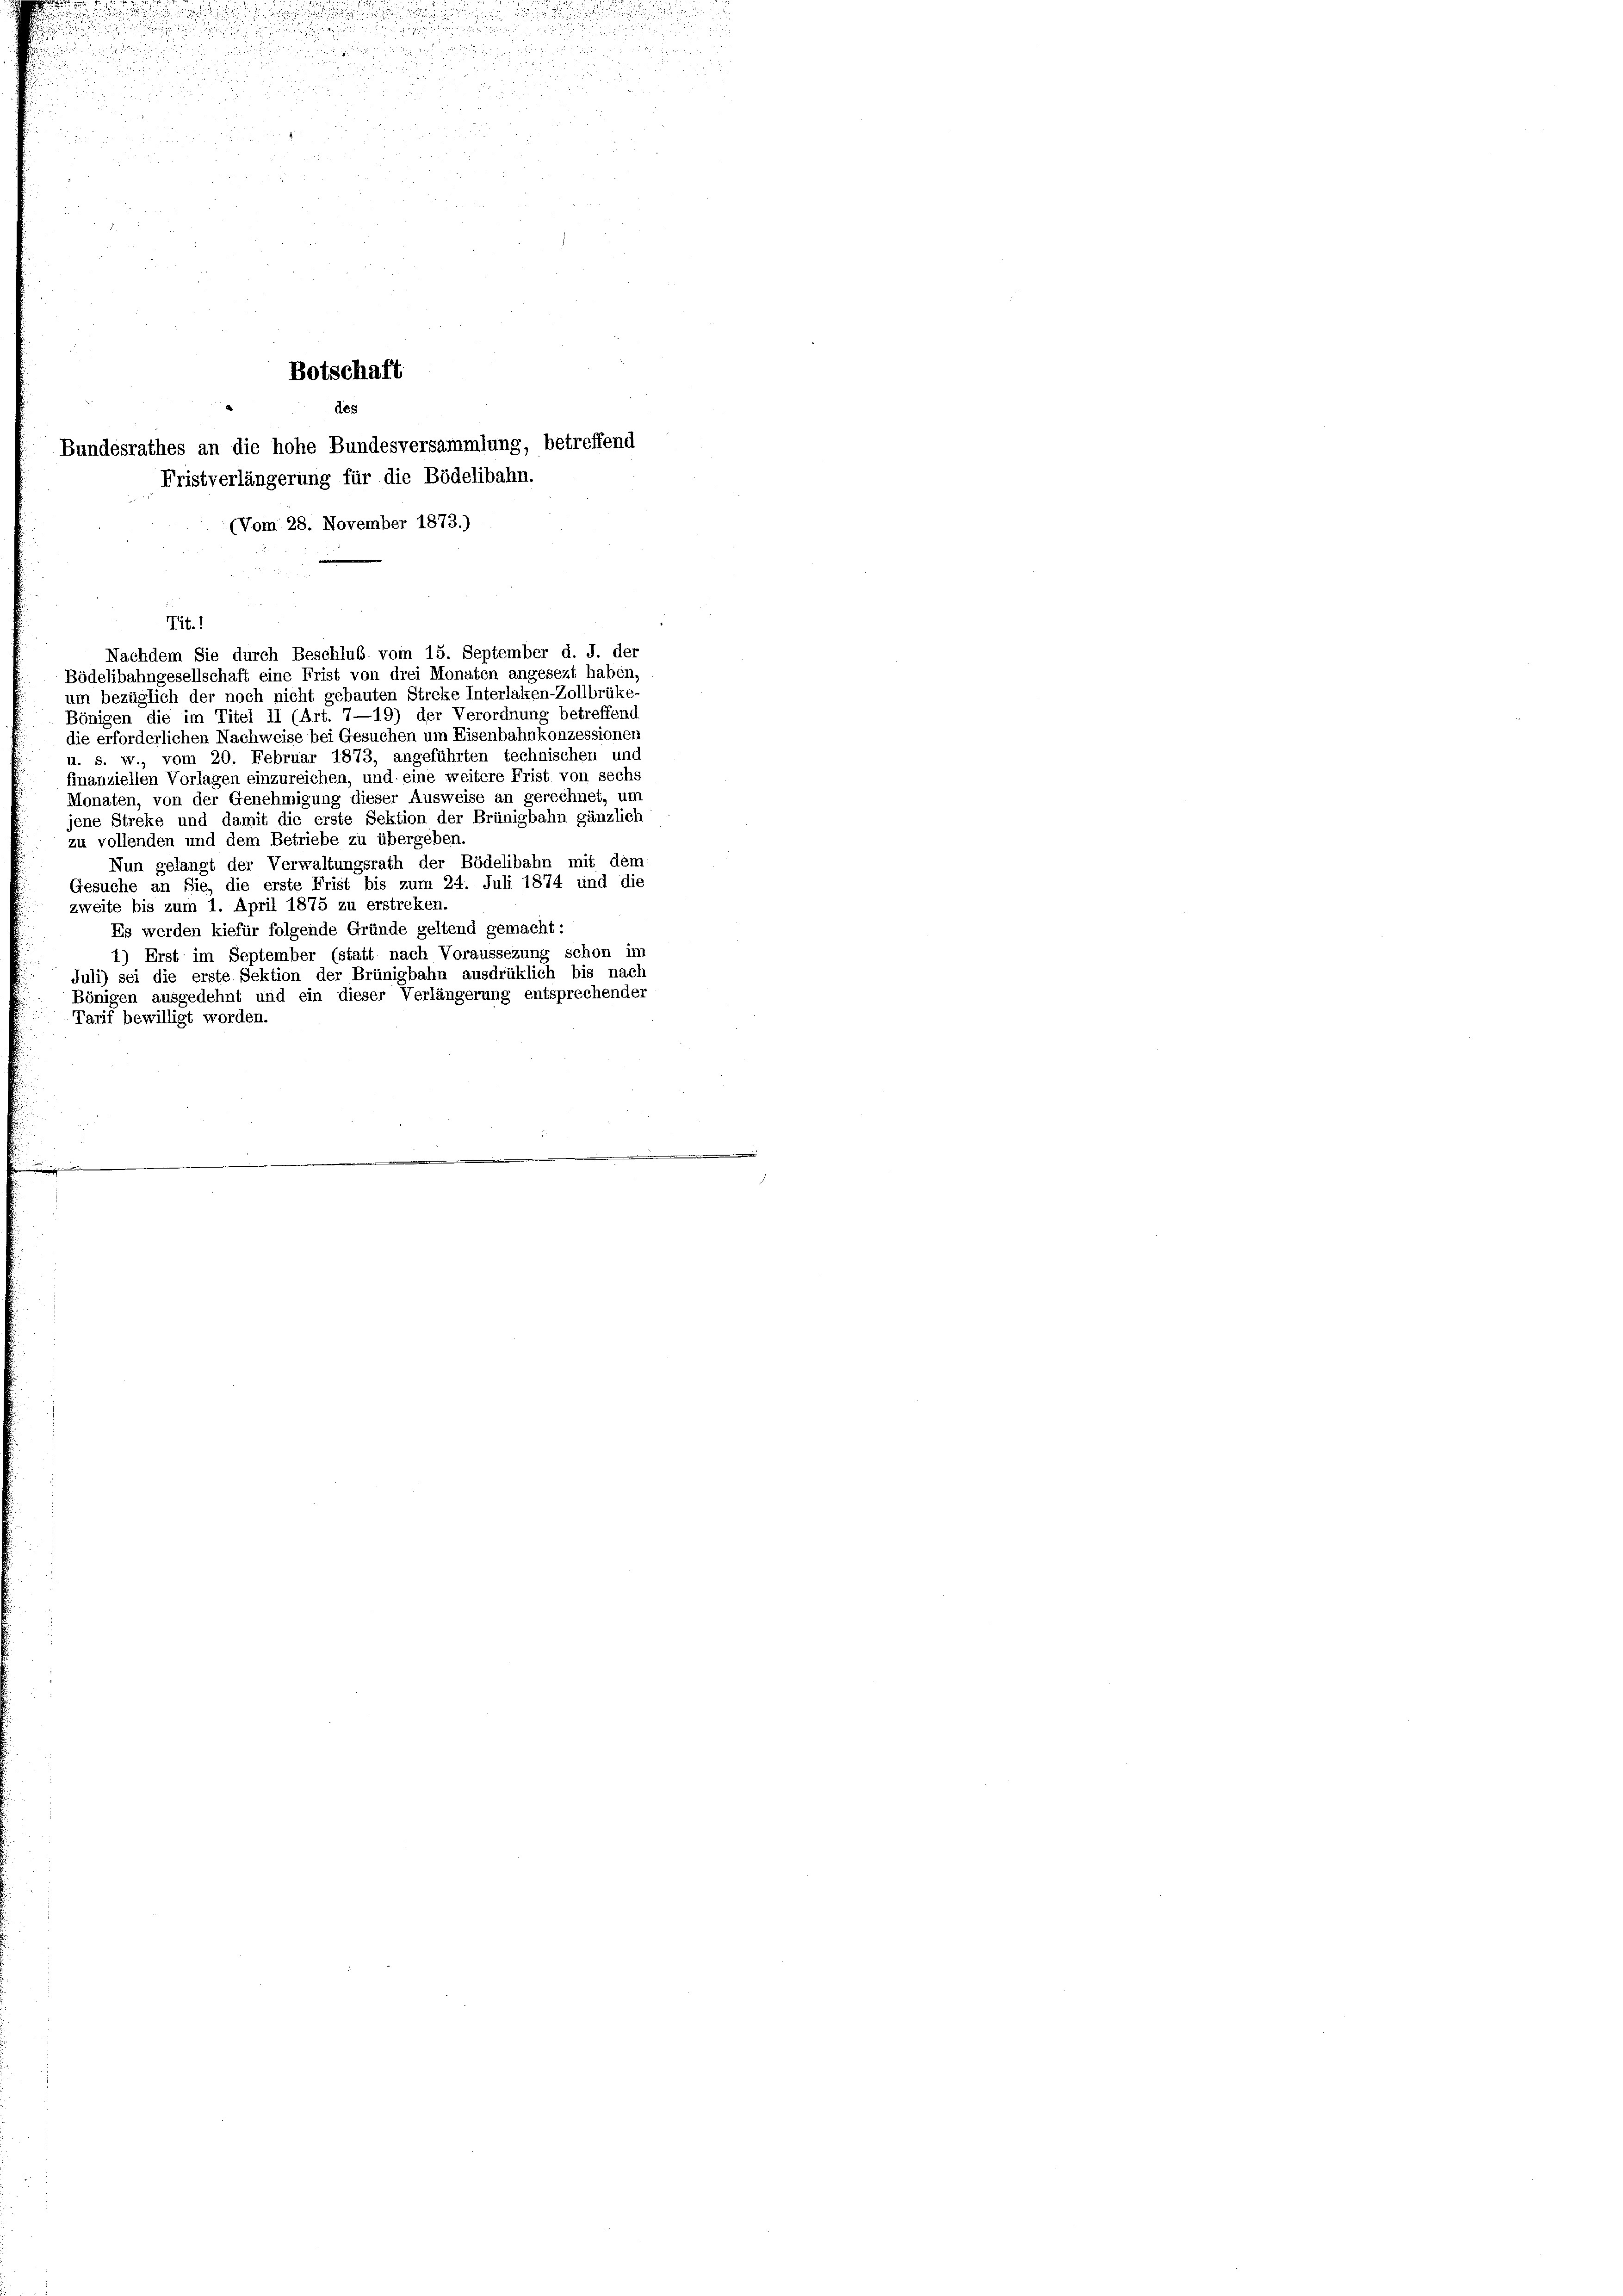
.

Tit. 1
Nachdem Sie durch Beschluß vom 15. September d. J. der
Bödelibahngesellschaft eine Frist von drei Monaten angesezt haben,
um bezüglich der noch nicht gebauten Streke Interlaken-Zollbrüke-
Bönigen die im Titel II (Art. 7—19) der Verordnung betreffend
die erforderlichen Nachweise bei Gesuchen um Eisenbahnkonzessionen
u. s. w., vom 20. Februar 1873, angeführten technischen und
finanziellen Vorlagen einzureichen, und eine weitere Frist von sechs
Monaten, von der Genehmigung dieser Ausweise an gerechnet, um
jene Streke und damit die erste Sektion der Brünigbahn gänzlich
zu vollenden und dem Betriebe zu übergeben.
Nun gelangt der Verwaltungsrath der Bödelibahn mit dem:
Gesuche an Sie, die erste Frist bis zum 24. Juli 1874 und die
zweite bis zum 1. April 1875 zu erstreken.
Es werden kiefür folgende Gründe geltend gemacht:
1) Erst im September (statt nach Voraussezung schon im
Juli) sei die erste Sektion der Brünigbahn ausdrüklich bis nach
Bönigen ausgedehnt und ein dieser Verlängerung entsprechender
Tarif bewilligt worden.

Botschaft

des
undesrathes an die hohe Bundesversammlung, betreffend
Fristverlängerung für die Bödelibahn.
(Vom 28. November 1873.)